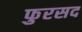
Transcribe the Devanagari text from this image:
फुरसद